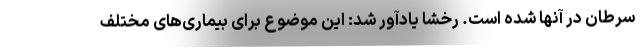
سرطان در آنها شده است. رخشا یادآور شد: این موضوع برای بیماری‌های مختلف